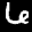
Label: 6